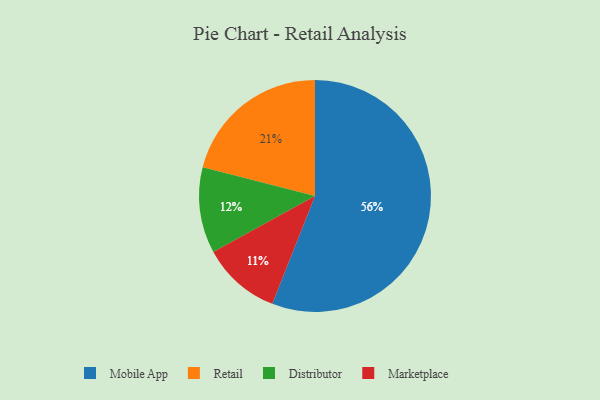
{"axis": {"x": "Category", "y": "Percentage"}, "legend": ["Distributor", "Marketplace", "Mobile App", "Retail"], "data": [{"x": "Distributor", "y": 12, "type": "Distributor"}, {"x": "Mobile App", "y": 56, "type": "Mobile App"}, {"x": "Marketplace", "y": 11, "type": "Marketplace"}, {"x": "Retail", "y": 21, "type": "Retail"}]}